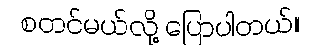
စတင်မယ်လို့ ပြောပါတယ်။